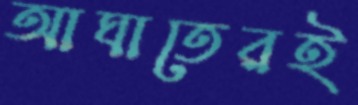
আঘাতেরই